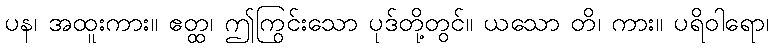
ပန၊ အထူးကား။ ဧတ္ထ၊ ဤကြွင်းသော ပုဒ်တို့တွင်။ ယသော တိ၊ ကား။ ပရိဝါရော၊